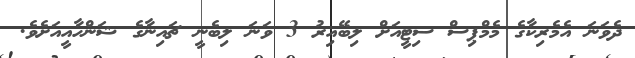
ދެވަނަ އެމެރިކާގެ މެމްޕިސް ސިޓީއަށް ލިބޭއިރު 3 ވަނަ ލިބެނީ ޗައިނާގެ ޝަންހާއީއަށެވެ.